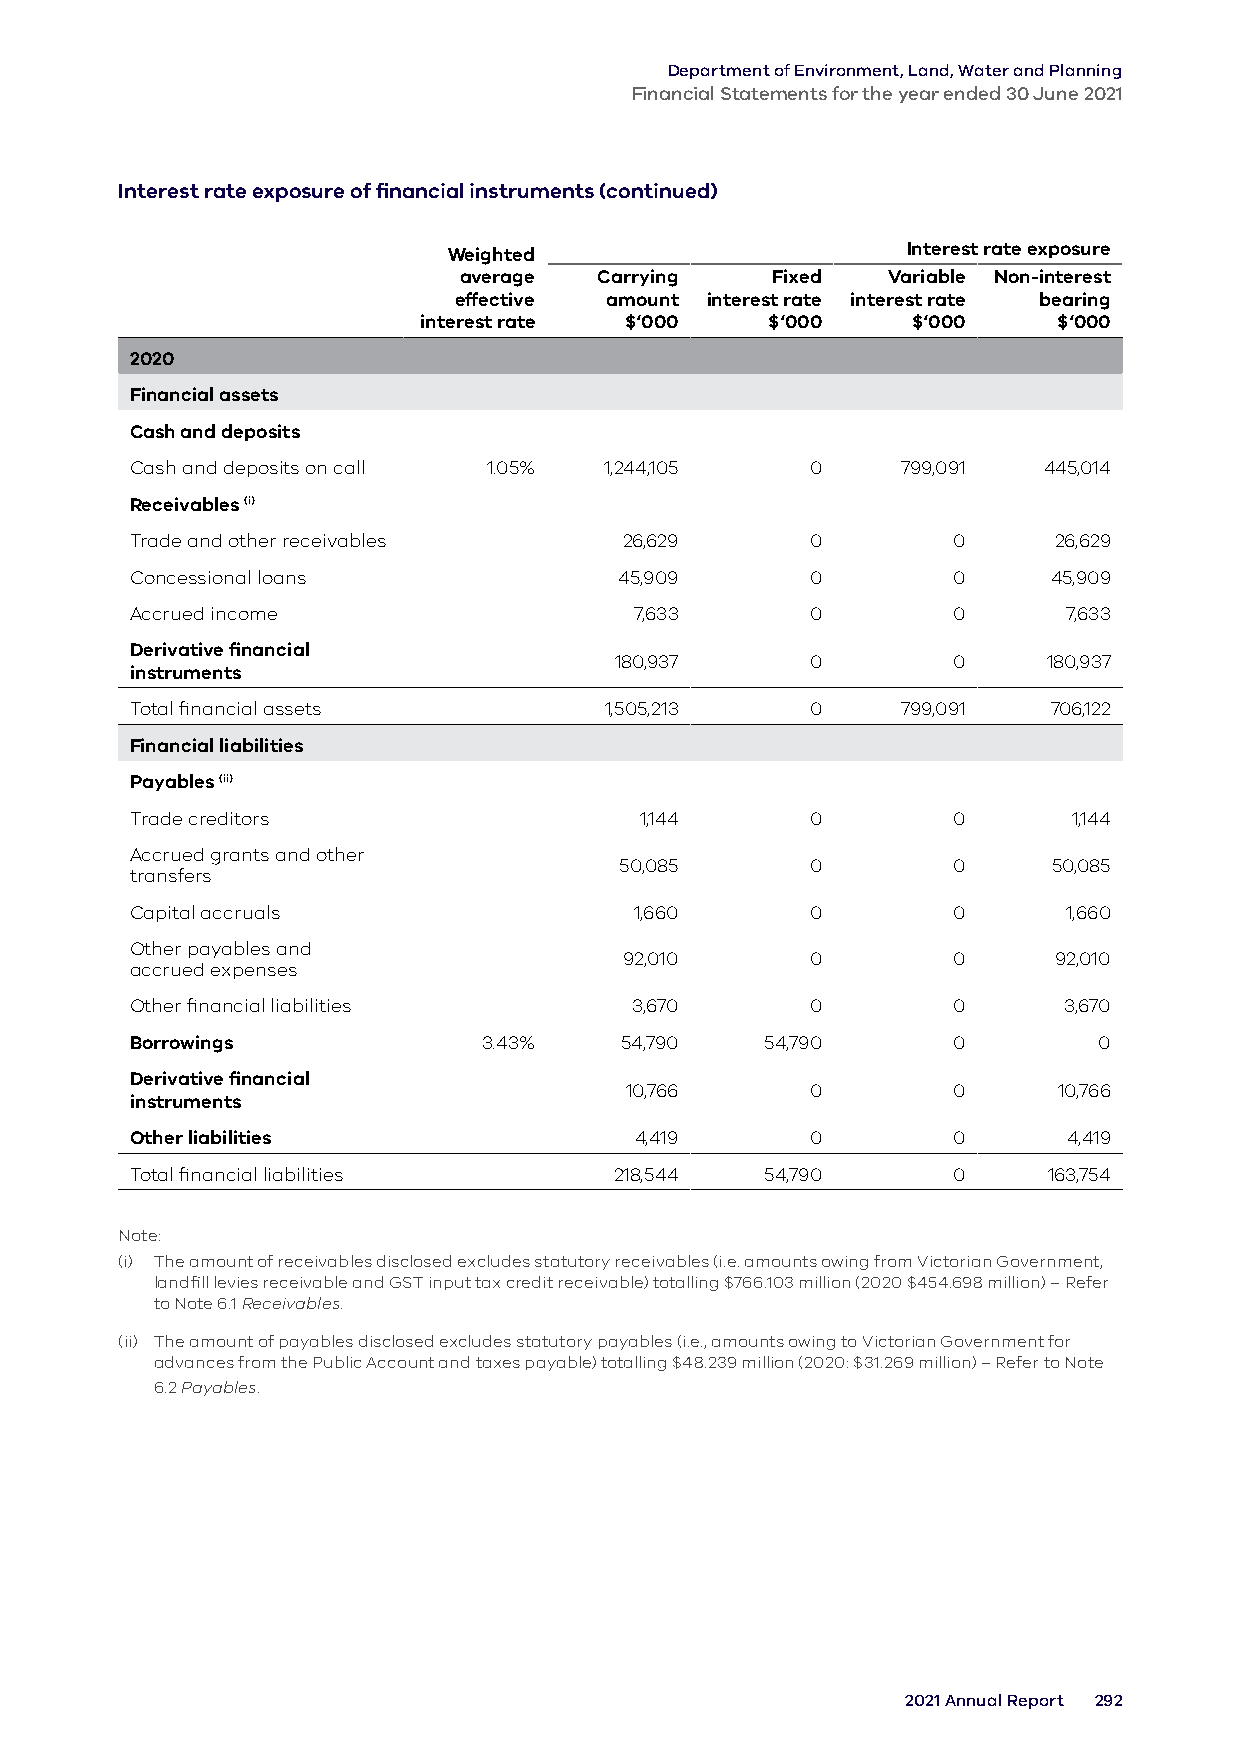
Department of Environment, Land, Water and Planning
 Financial Statements for the year ended 30 June 2021
 Interest rate exposure of financial instruments (continued)
 Weighted                      Interest rate exposure
 average   Carrying   Fixed   Variable Non-interest
 effective amount interest rate interest rate bearing
 interest rate $‘000    $‘000    $‘000     $‘000
 2020
 Financial assets
 Cash and deposits
 Cash and deposits on call 1.05% 1,244,105    0     799,091  445,014
 Receivables (i)
 Trade and other receivables     26,629       0        0      26,629
 Concessional loans              45,909       0        0      45,909
 Accrued income                   7,633       0        0       7,633
 Derivative financial
 180,937      0        0     180,937
 instruments
 Total financial assets         1,505,213     0     799,091   706,122
 Financial liabilities
 Payables (ii)
 Trade creditors                  1,144       0        0       1,144
 Accrued grants and other
 50,085       0        0      50,085
 transfers
 Capital accruals                 1,660       0        0       1,660
 Other payables and
 92,010       0        0      92,010
 accrued expenses
 Other financial liabilities      3,670       0        0      3,670
 Borrowings             3.43%    54,790    54,790      0         0
 Derivative financial
 10,766       0        0      10,766
 instruments
 Other liabilities                4,419       0        0       4,419
 Total financial liabilities     218,544   54,790      0     163,754
 Note:
 (i) The amount of receivables disclosed excludes statutory receivables (i.e. amounts owing from Victorian Government,
 landfill levies receivable and GST input tax credit receivable) totalling $766.103 million (2020 $454.698 million) – Refer
 to Note 6.1 Receivables.
 (ii) The amount of payables disclosed excludes statutory payables (i.e., amounts owing to Victorian Government for
 advances from the Public Account and taxes payable) totalling $48.239 million (2020: $31.269 million) – Refer to Note
 6.2 Payables.
 2021 Annual Report 292